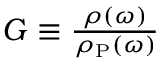
\begin{array} { r } { G \equiv \frac { \rho ( \omega ) } { \rho _ { \mathrm { P } } ( \omega ) } } \end{array}